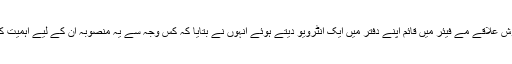
لندن کے پوش علاقے مے فیئر میں قائم اپنے دفتر میں ایک انٹرویو دیتے ہوئے انہوں نے بتایا کہ کس وجہ سے یہ منصوبہ ان کے لیے اہمیت کا حامل ہے۔